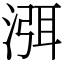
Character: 渳